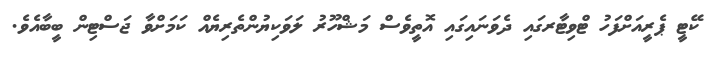
ކޭޓީ ޕެރީއަށްފަހު ޓްވިޓާރގައި ދެވަނައިގައި އޮތީީވެސް މަޝްހޫރު ލަވަކިޔުންތެރިޔެއް ކަމަށްވާ ޖަސްޓިން ބީބާއެވެ.